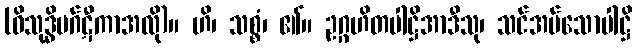
(ဝိသုဒ္ဓိမဂ်ဋီကာအလို)။ ဟိ၊ သစ္စံ၊ ၏။ ဥဂ္ဂဟိတပါဋ္ဌိအာဒီသု၊ သင်အပ်သောပါဋ္ဌိ